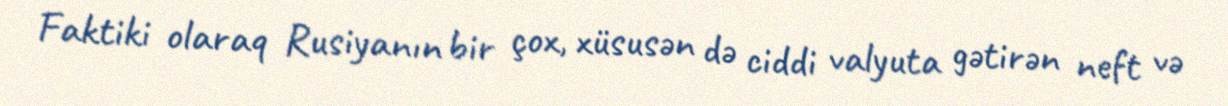
Faktiki olaraq Rusiyanın bir çox, xüsusən də ciddi valyuta gətirən neft və